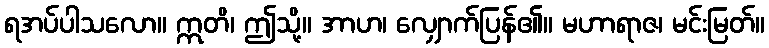
ရအပ်ပါသလော။ ဣတိ၊ ဤသို့။ အာဟ၊ လျှောက်ပြန်၏။ မဟာရာဇ၊ မင်းမြတ်။